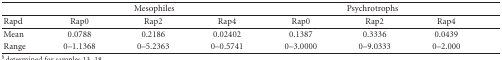
<table><thead><tr><td></td><td colspan="3"><b>Mesophiles</b></td><td colspan="3"><b> Psychrotrophs</b></td></tr></thead><tbody><tr><td>Rapd</td><td>Rap0</td><td>Rap2</td><td>Rap4</td><td>Rap0</td><td>Rap2</td><td>Rap4</td></tr><tr><td>Mean</td><td>0.0788</td><td>0.2186</td><td>0.02402</td><td>0.1387</td><td>0.3336</td><td>0.0439</td></tr><tr><td>Range</td><td>0–1.1368</td><td>0–5.2363</td><td>0–0.5741</td><td>0–3.0000</td><td>0–9.0333</td><td>0–2.000</td></tr></tbody></table>